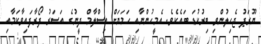
ޔޫރަޕު ޖެހިލުންވި ބިރުކުޑަ ބައެކެވެ. އެމީހުންނާއި ހަމަޔަށް އިސްލާމް ދީނުގެ އަސަރު ފޯރާފައިވާކަމާއި